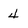
Character: 4